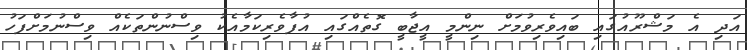
އަދި އެ މަޝްރޫއުގައި ބައިވެރިވުމަށް ނިންމީ އީޖާބީ ގޮތެއްގައި އުފާވެރިކަމާއެކު ވިސްނުންތަކެއް ވިސްނުމަށްފަހު